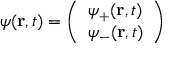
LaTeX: \psi ( \mathbf { r } , t ) = { \left( \begin{array} { l } { \psi _ { + } ( \mathbf { r } , t ) } \\ { \psi _ { - } ( \mathbf { r } , t ) } \end{array} \right) }